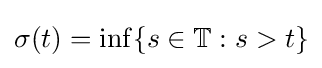
\sigma (t)=\inf\{s\in \mathbb {T} :s>t\}